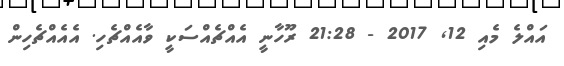
އައްލެ މެއި 12